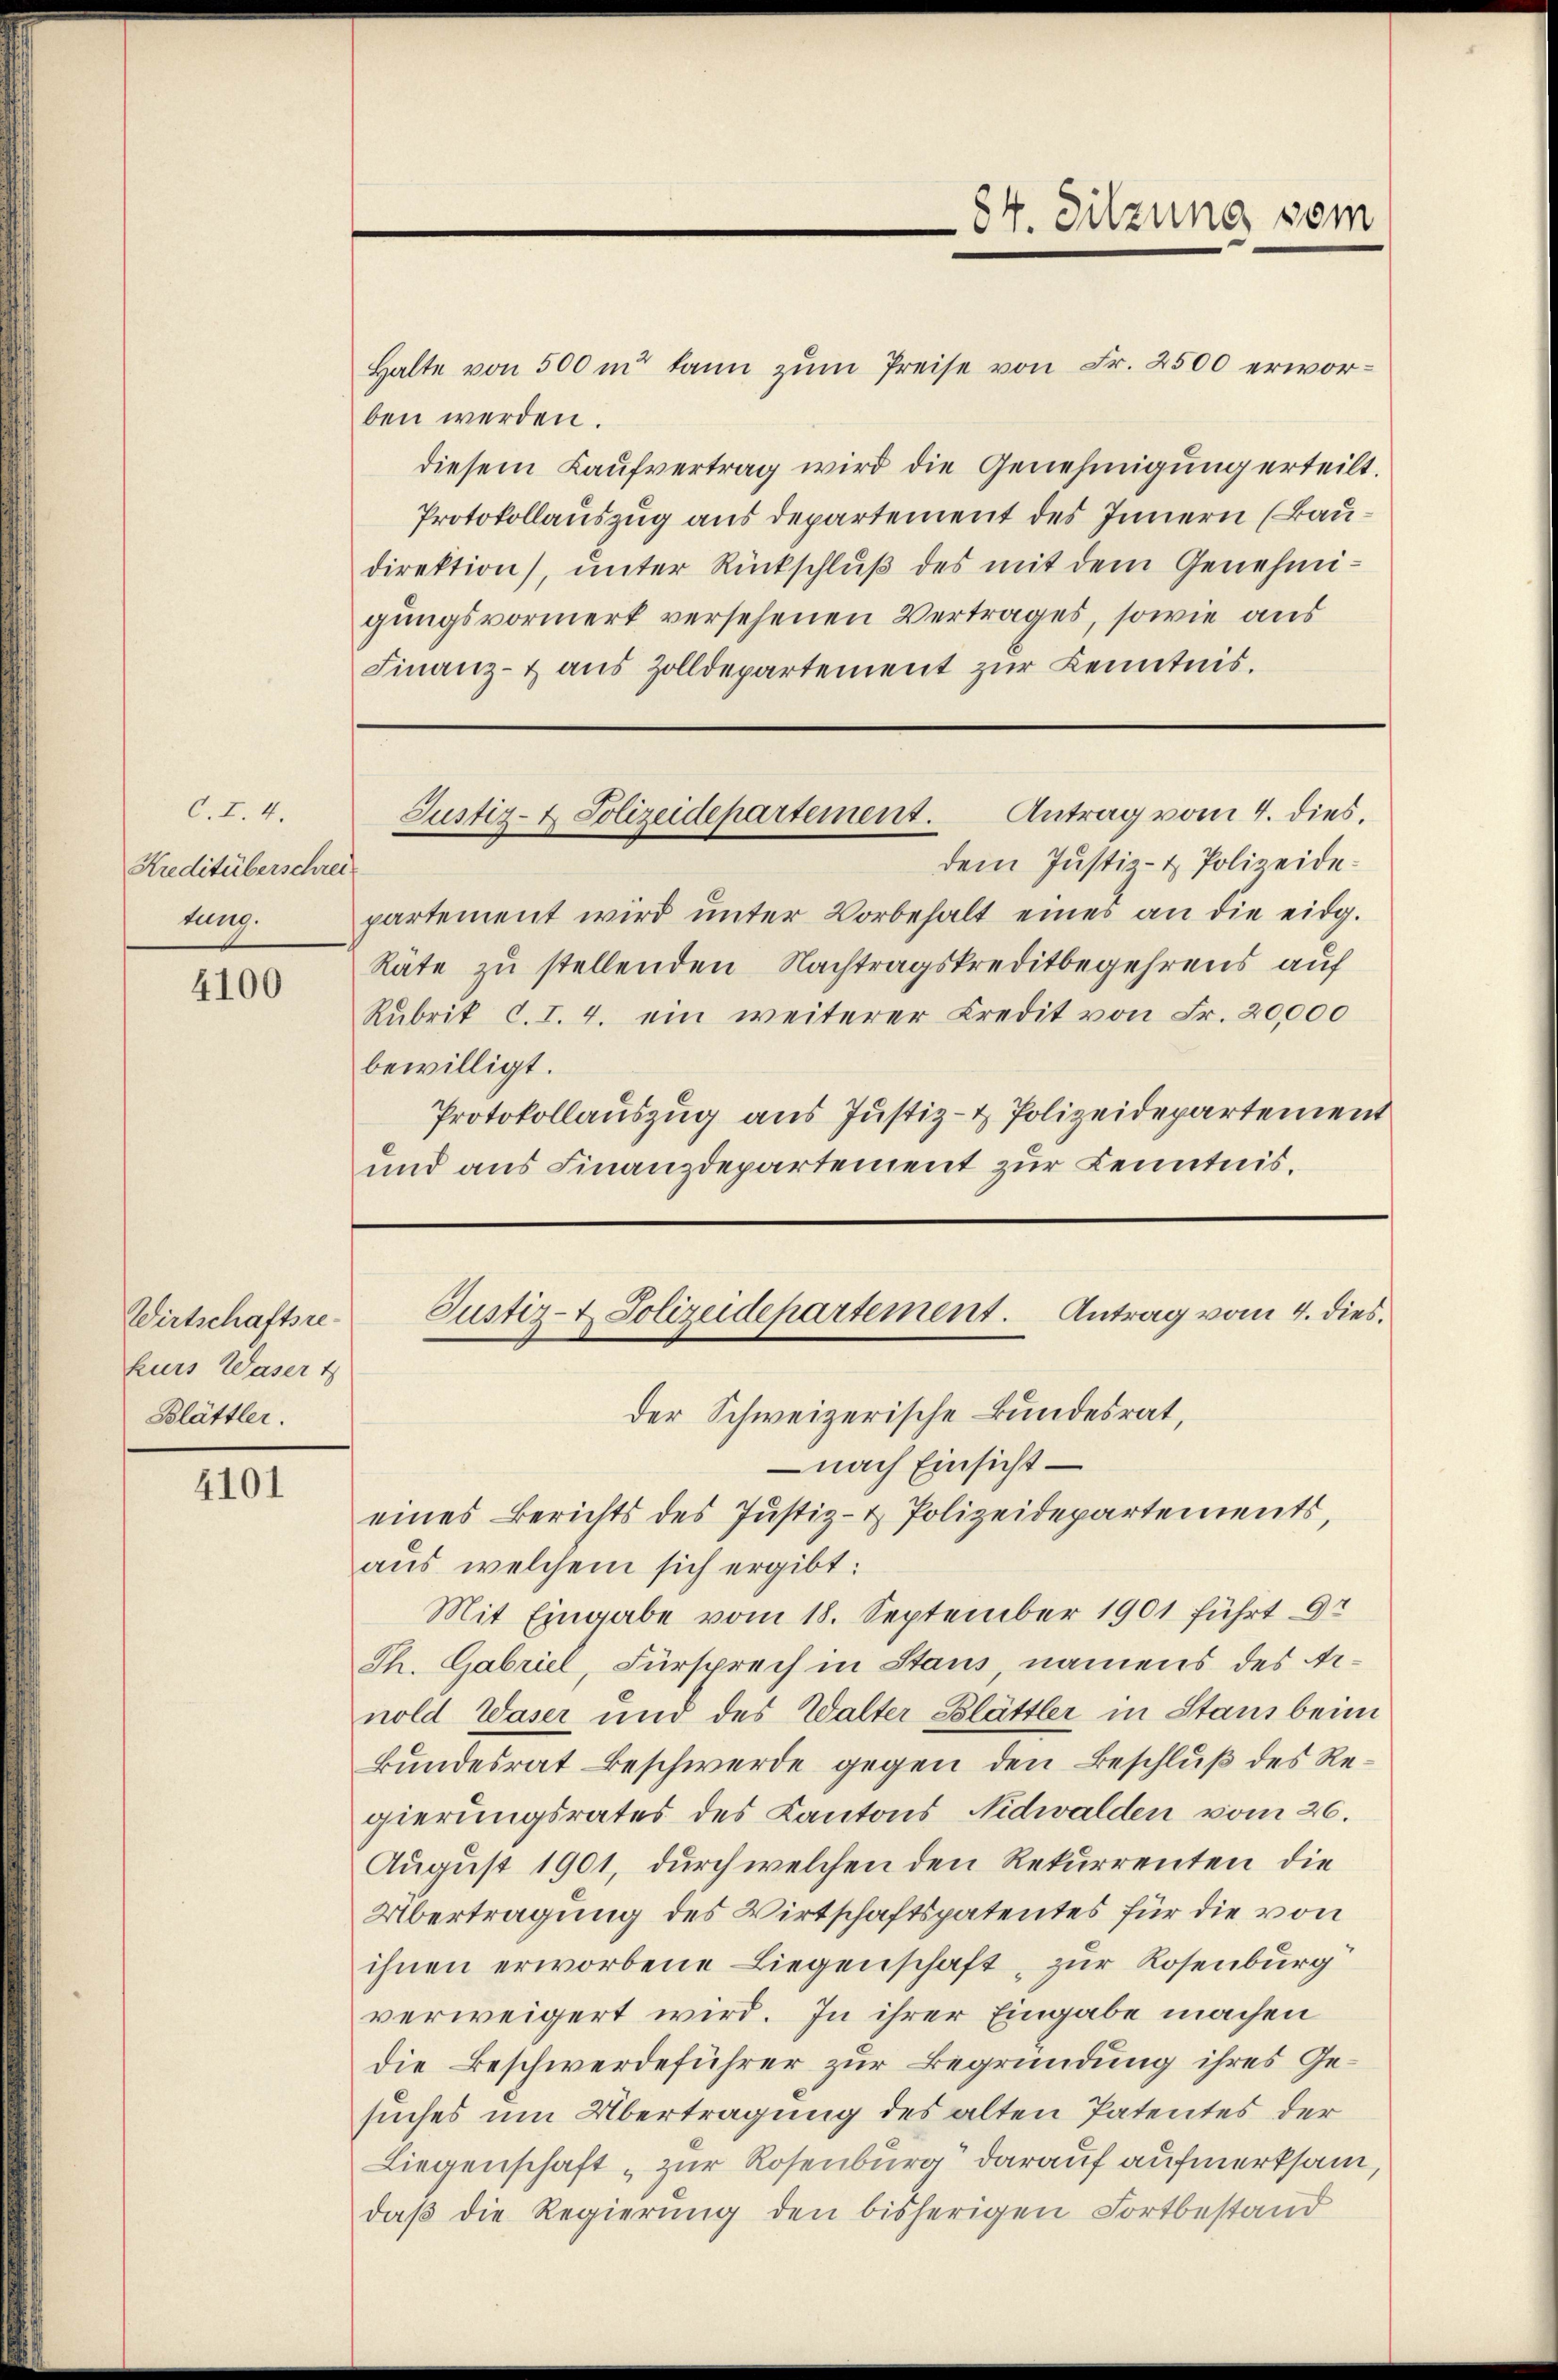
C. Z. 4.
Kreditüberschreitung.

4100

Wirtschaftsre
kurs Waser t
Blättler.

4101

Halte von 500 in kann zŭm Preise von Fr. 2500 erworben werden.
diesem Kaŭfvertrag wird die Genehmigung erteilt.
Protokollauszug aus departement des Innern (Baudirektion), unter Rückschluß des mit dem Genehmigungsvormerk versehenen Vertrages, sowie aus
Finanz- & aus Zolldepartement zŭr Kenntnis.

84. Sitzung vom

Antrag vom 4. dies,
Justiz- & Polizeidepartement.

dem Justiz- & Polizeidepartement wird ŭnter Vorbehalt eines an die eidg.
Räte zu stellenden Nachtragskreditbegehrens auf
Rubrik C.I. 4. ein weiterer Kredit von Fr. 20,000
bewilligt.
Protokollauszug aus Justiz- & Polizeidepartement
und aus Finanzdepartement zur Kenntnis.

Justiz- & Polizeidepartement. Antrag vom 4. dies

der Schweizerische Bundesrat,
– nach Einsicht –
eines Berichts des Justiz- & Polizeidepartements,
aus welchem sich ergibt:
Mit Eingabe vom 18. September 1901 führt 9
Th. Gabriel, Fürsprech in Staus, namens des Arnold Waser und des Walter Blättler in Stand beim
Bundesrat Beschwerde gegen den Beschluß des Regierungsrates des Kantons Nidwalden vom 26.
August 1901, durch welchen den Rekurrenten die
Übertragung des Wirtschaftspatentes für die von
ihnen erworbene Liegenschaft zur Rosenburg
verweigert wird. In ihrer Eingabe machen
die Beschwerdeführer zur Begründung ihres Gesuches um Übertragung des alten Patentes der
Liegenschaft „zur Rosenburg darauf aufmerksam,
daß die Regierung den bisherigen Fortbestand